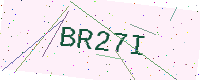
Text: BR27I